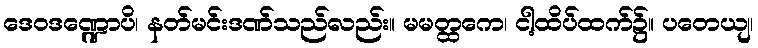
ဒေဝဒဏ္ဍောပိ၊ နတ်မင်းဒဏ်သည်လည်း။ မမတ္ထကေ၊ ငါ့ထိပ်ထက်၌။ ပတေယျ၊